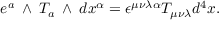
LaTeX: e ^ { a } \mathrm { \tiny ~ \wedge ~ } T _ { a } \mathrm { \tiny ~ \wedge ~ } d x ^ { \alpha } = \epsilon ^ { \mu \nu \lambda \alpha } T _ { \mu \nu \lambda } d ^ { 4 } x .